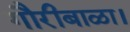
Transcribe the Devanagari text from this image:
गौरीबाळा।